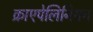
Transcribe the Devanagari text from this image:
क्राएपेलिनियन